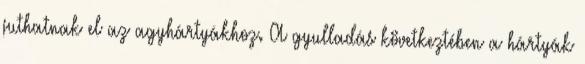
juthatnak el az agyhártyákhoz. A gyulladás következtében a hártyák